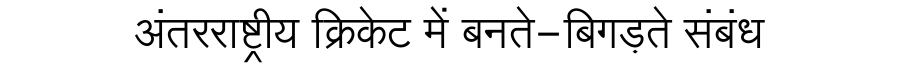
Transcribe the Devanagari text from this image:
अंतरराष्ट्रीय क्रिकेट में बनते-बिगड़ते संबंध